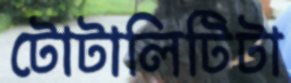
টোটালিটিটা